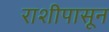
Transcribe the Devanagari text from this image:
राशीपासून